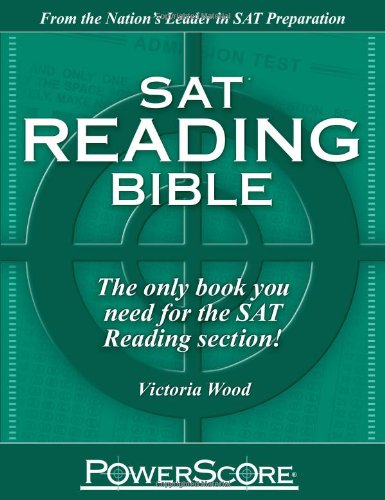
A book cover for SAT Reading Bible : PowerScore Test Preparation; Victoria Wood; Test Preparation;